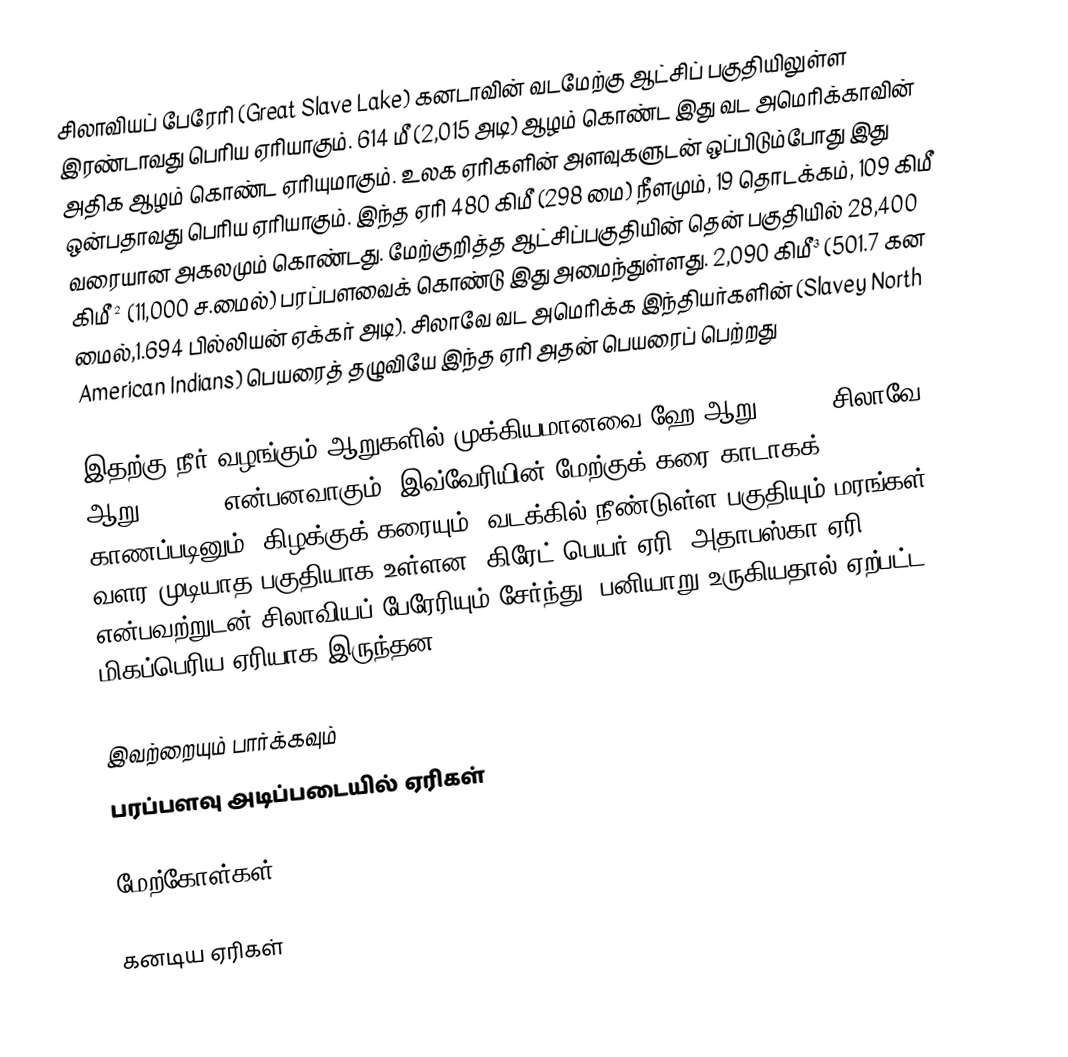
சிலாவியப் பேரேரி (Great Slave Lake) கனடாவின் வடமேற்கு ஆட்சிப் பகுதியிலுள்ள இரண்டாவது பெரிய ஏரியாகும். 614 மீ (2,015 அடி) ஆழம் கொண்ட இது வட அமெரிக்காவின் அதிக ஆழம் கொண்ட ஏரியுமாகும். உலக ஏரிகளின் அளவுகளுடன் ஒப்பிடும்போது இது ஒன்பதாவது பெரிய ஏரியாகும். இந்த ஏரி 480 கிமீ (298 மை) நீளமும், 19 தொடக்கம், 109 கிமீ வரையான அகலமும் கொண்டது. மேற்குறித்த ஆட்சிப்பகுதியின் தென் பகுதியில் 28,400 கிமீ² (11,000 ச.மைல்) பரப்பளவைக் கொண்டு இது அமைந்துள்ளது. 2,090 கிமீ³ (501.7 கன மைல்,1.694 பில்லியன்  ஏக்கர் அடி). சிலாவே வட அமெரிக்க இந்தியர்களின் (Slavey North American Indians) பெயரைத் தழுவியே இந்த ஏரி அதன் பெயரைப் பெற்றது

இதற்கு நீர் வழங்கும் ஆறுகளில் முக்கியமானவை ஹே ஆறு (Hay), சிலாவே ஆறு (Slave) என்பனவாகும். இவ்வேரியின் மேற்குக் கரை காடாகக் காணப்படினும், கிழக்குக் கரையும், வடக்கில் நீண்டுள்ள பகுதியும் மரங்கள் வளர முடியாத பகுதியாக உள்ளன. கிரேட் பெயர் ஏரி, அதாபஸ்கா ஏரி என்பவற்றுடன் சிலாவியப் பேரேரியும் சேர்ந்து, பனியாறு உருகியதால் ஏற்பட்ட மிகப்பெரிய ஏரியாக இருந்தன.

இவற்றையும் பார்க்கவும்
 பரப்பளவு அடிப்படையில் ஏரிகள்

மேற்கோள்கள்

கனடிய ஏரிகள்